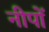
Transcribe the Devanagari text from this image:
नीपों